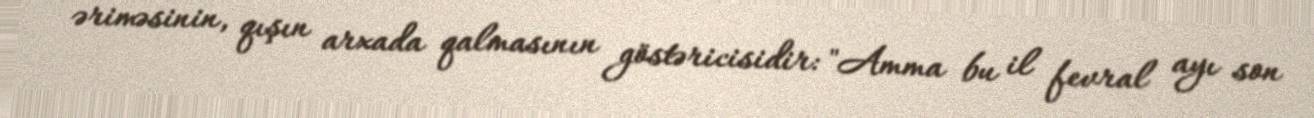
əriməsinin, qışın arxada qalmasının göstəricisidir: "Amma bu il fevral ayı son